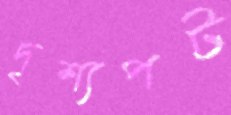
দৃশ্যপট